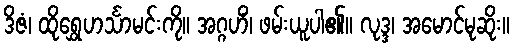
ဒိဇံ၊ ထိုရွှေဟင်္သာမင်းကို။ အဂ္ဂဟိံ၊ ဖမ်းယူပါ၏။ လုဒ္ဒ၊ အမောင်မုဆိုး။